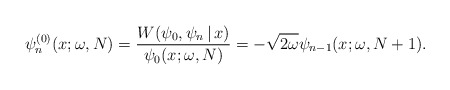
\begin{align*} \psi _{n}^{(0) }(x;\omega,N) =\frac{W(\psi _{0},\psi _{n}\,|\, x)}{\psi _{0}(x;\omega,N) }=-\sqrt{2\omega } \psi _{n-1}( x;\omega ,N+1) . \end{align*}